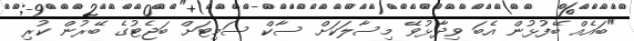
"ބައެއް ބޭފުޅުން އެބަ ވިދާޅުވޭ މިސާލަކަށް ސާކް ސަމިޓަށް ބަޖެޓުގެ ބޭރުން ކުރި